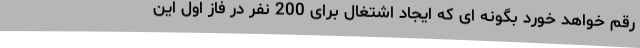
رقم خواهد خورد بگونه ای که ایجاد اشتغال برای 200 نفر در فاز اول این